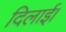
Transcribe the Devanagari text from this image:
दिलार्इ।